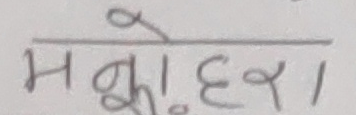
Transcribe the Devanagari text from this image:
भो। हेर।